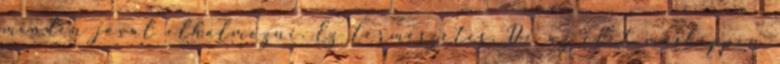
minden jóval elhalmozni. Ez természetes. De az élet másképpen